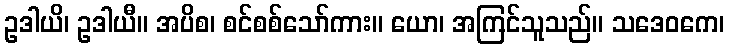
ဥဒါယိ၊ ဥဒါယီ။ အပိစ၊ စင်စစ်သော်ကား။ ယော၊ အကြင်သူသည်။ သဒေဝကေ၊